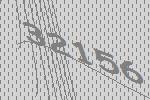
32156